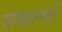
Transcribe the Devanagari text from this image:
संकल्‍पों